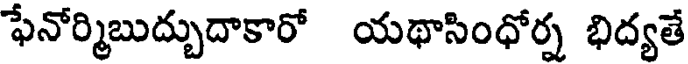
ఫేనోర్మిబుద్బుదాకారో యథాసింధోర్న భిద్యతే